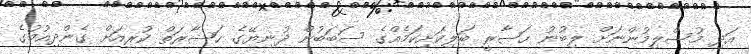
އަދި މުސްލިމުންނަށް ލިބުނު ޙަޟާރީ ބަލިކަށިކަމެއްގެ ސަބަބުން ދުނިޔޭގެ ޙަޟާރަތް ކުރިއަށް ގެންދިއުމުގެ